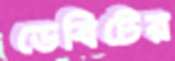
ডেবিটের